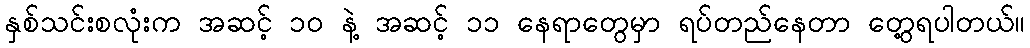
နှစ်သင်းစလုံးက အဆင့် ၁၀ နဲ့ အဆင့် ၁၁ နေရာတွေမှာ ရပ်တည်နေတာ တွေ့ရပါတယ်။